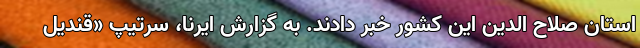
استان صلاح الدین این کشور خبر دادند. به گزارش ایرنا، سرتیپ «قندیل